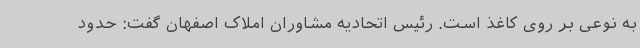
به نوعی بر روی کاغذ است. رئیس اتحادیه مشاوران املاک اصفهان گفت: حدود